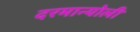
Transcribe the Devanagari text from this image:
दरमान्योली